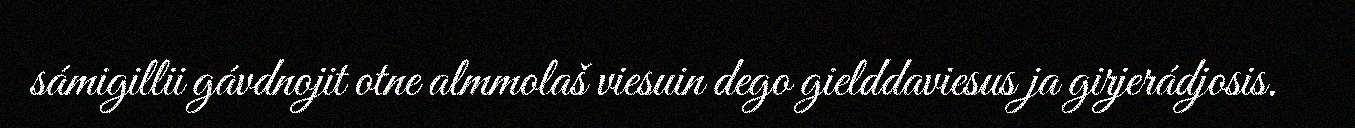
sámigillii gávdnojit otne almmolaš viesuin dego gielddaviesus ja girjerádjosis.